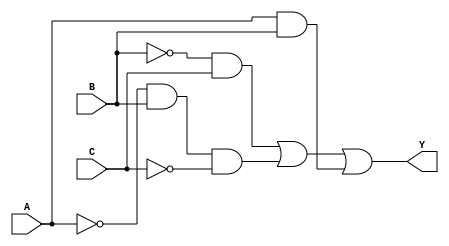
module combinational_logic (
    input wire A,  // Input A
    input wire B,  // Input B
    input wire C,  // Input C
    output wire Y  // Output Y
);

    // Minimized logic expression: Y = B'C + A'BC' + AB
    assign Y = (~B & C) | (~A & B & ~C) | (A & B);

endmodule